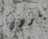
نقودي